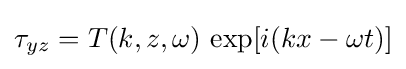
\tau _{yz}=T(k,z,\omega )\,\exp[i(kx-\omega t)]